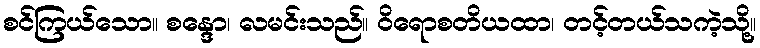
စင်ကြယ်သော။ စန္ဒော၊ လမင်းသည်။ ဝိရောစတိယထာ၊ တင့်တယ်သကဲ့သို့။